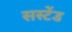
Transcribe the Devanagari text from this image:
सस्टेंड